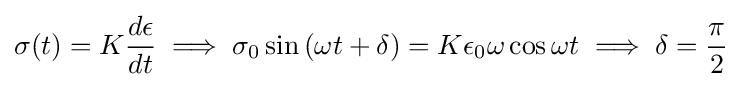
\sigma (t)=K{\frac {d\epsilon }{dt}}\implies \sigma _{0}\sin {(\omega t+\delta )}=K\epsilon _{0}\omega \cos {\omega t}\implies \delta ={\frac {\pi }{2}}